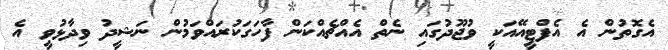
އެގޮތުން އެ އެފްޓީއޭއަކީ ވުޖޫދުގައި ނެތް އެއްޗެއްކަން ފާހަގަކުރައްވަމުން ނަޝީދު ވިދާޅުވީ އެ